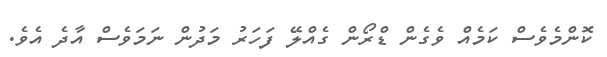
ކޮންމެވެސް ކަމެއް ވެގެން ޑްރޯން ގެއްލޭ ފަހަރު މަދުން ނަމަވެސް އާދެ އެވެ.